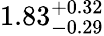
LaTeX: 1.83_{-0.29}^{+0.32}